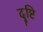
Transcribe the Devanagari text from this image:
दॄ्ष्टि